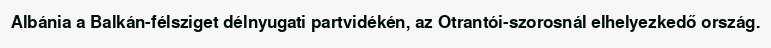
Albánia a Balkán-félsziget délnyugati partvidékén, az Otrantói-szorosnál elhelyezkedő ország.